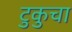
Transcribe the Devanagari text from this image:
टुकुचा